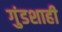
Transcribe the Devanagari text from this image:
गुंडशाही